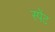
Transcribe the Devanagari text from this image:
स्पेंट